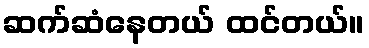
ဆက်ဆံနေတယ် ထင်တယ်။